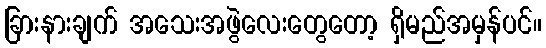
ခြားနားချက် အသေးအဖွဲလေးတွေတော့ ရှိမည်အမှန်ပင်။